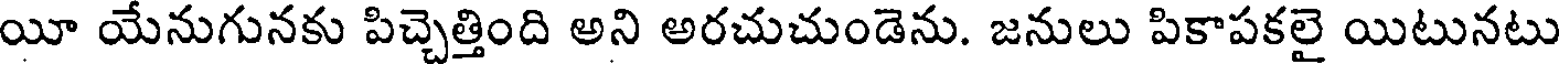
యీ యేనుగునకు పిచ్చెత్తింది అని అరచుచుండెను. జనులు పికాపకలై యిటునటు